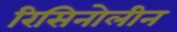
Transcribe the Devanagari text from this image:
रिसिनोलीन